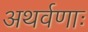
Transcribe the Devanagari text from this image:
अथर्वणाः